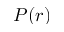
P ( r )